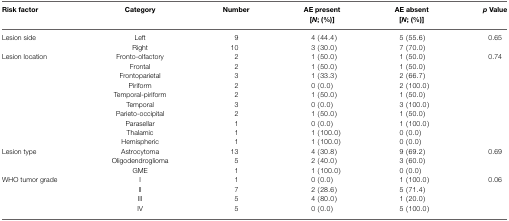
<table><thead><tr><td><b>Risk factor</b></td><td><b>Category</b></td><td><b>Number</b></td><td><b>AE present [<i>N</i>; (%)]</b></td><td><b>AE absent [<i>N</i>; (%)]</b></td><td><b><i>p</i> Value</b></td></tr></thead><tbody><tr><td>Lesion side</td><td>Left</td><td>9</td><td>4 (44.4)</td><td>5 (55.6)</td><td>0.65</td></tr><tr><td></td><td>Right</td><td>10</td><td>3 (30.0)</td><td>7 (70.0)</td><td></td></tr><tr><td>Lesion location</td><td>Fronto-olfactory</td><td>2</td><td>1 (50.0)</td><td>1 (50.0)</td><td>0.74</td></tr><tr><td></td><td>Frontal</td><td>2</td><td>1 (50.0)</td><td>1 (50.0)</td><td></td></tr><tr><td></td><td>Frontoparietal</td><td>3</td><td>1 (33.3)</td><td>2 (66.7)</td><td></td></tr><tr><td></td><td>Piriform</td><td>2</td><td>0 (0.0)</td><td>2 (100.0)</td><td></td></tr><tr><td></td><td>Temporal-piriform</td><td>2</td><td>1 (50.0)</td><td>1 (50.0)</td><td></td></tr><tr><td></td><td>Temporal</td><td>3</td><td>0 (0.0)</td><td>3 (100.0)</td><td></td></tr><tr><td></td><td>Parieto-occipital</td><td>2</td><td>1 (50.0)</td><td>1 (50.0)</td><td></td></tr><tr><td></td><td>Parasellar</td><td>1</td><td>0 (0.0)</td><td>1 (100.0)</td><td></td></tr><tr><td></td><td>Thalamic</td><td>1</td><td>1 (100.0)</td><td>0 (0.0)</td><td></td></tr><tr><td></td><td>Hemispheric</td><td>1</td><td>1 (100.0)</td><td>0 (0.0)</td><td></td></tr><tr><td>Lesion type</td><td>Astrocytoma</td><td>13</td><td>4 (30.8)</td><td>9 (69.2)</td><td>0.69</td></tr><tr><td></td><td>Oligodendroglioma</td><td>5</td><td>2 (40.0)</td><td>3 (60.0)</td><td></td></tr><tr><td></td><td>GME</td><td>1</td><td>1 (100.0)</td><td>0 (0.0)</td><td></td></tr><tr><td>WHO tumor grade</td><td>I</td><td>1</td><td>0 (0.0)</td><td>1 (100.0)</td><td>0.06</td></tr><tr><td></td><td>II</td><td>7</td><td>2 (28.6)</td><td>5 (71.4)</td><td></td></tr><tr><td></td><td>III</td><td>5</td><td>4 (80.0)</td><td>1 (20.0)</td><td></td></tr><tr><td></td><td>IV</td><td>5</td><td>0 (0.0)</td><td>5 (100.0)</td><td></td></tr></tbody></table>